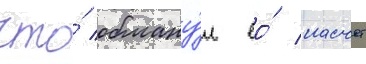
что́ обману́л ео́ насчет